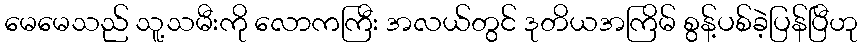
မေမေသည် သူ့သမီးကို လောကကြီး အလယ်တွင် ဒုတိယအကြိမ် စွန့်ပစ်ခဲ့ပြန်ပြီဟု